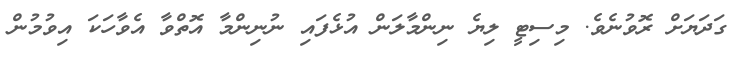
ގަދަޔަށް ރޮވުނެވެ. މިސިޓީ ލިޔެ ނިންމާލަން އުޅެފައި ނުނިންމާ އޮތްވާ އެވާހަކަ އިވުމުން